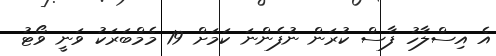
އެ އިސްލާހު ފާސް ކުރަން ނުފެންނަ ކަމަށް 19 މެމްބަރަކު ވަނީ ވޯޓު